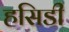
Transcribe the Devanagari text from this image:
हसिडी